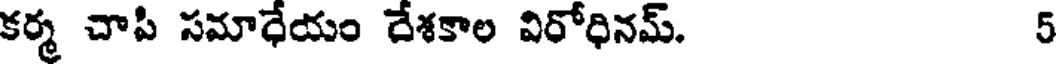
కర్మ చాపి సమాధేయం దేశకాల విరోధినమ్. 5